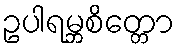
ဥပါရမ္ဘစိတ္တော